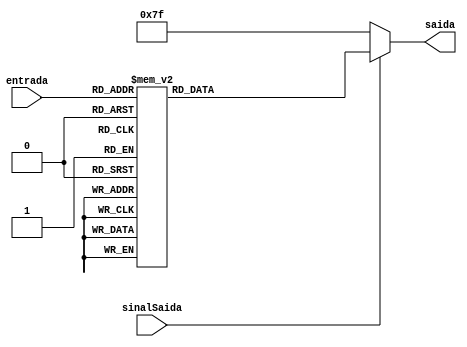
module Display(sinalSaida, entrada, saida);

	input sinalSaida;
	input [3:0] entrada;
	output reg [6:0] saida;
	
	always @(*) begin
		if (sinalSaida)
		case (entrada)
			0: saida = 7'b0000001; //1
			1: saida = 7'b1001111; //79
			2: saida = 7'b0010010; //18
			3: saida = 7'b0000110; //6
			4: saida = 7'b1001100; //76
			5: saida = 7'b0100100; //36
			6: saida = 7'b0100000; //32
			7: saida = 7'b0001101; //13
			8: saida = 7'b0000000; //0
			9: saida = 7'b0000100; //4
			10: saida = 7'b1111110;
			default: saida = 7'b1111111;
		endcase
		
		else
			saida = 7'b1111111;
	end
endmodule